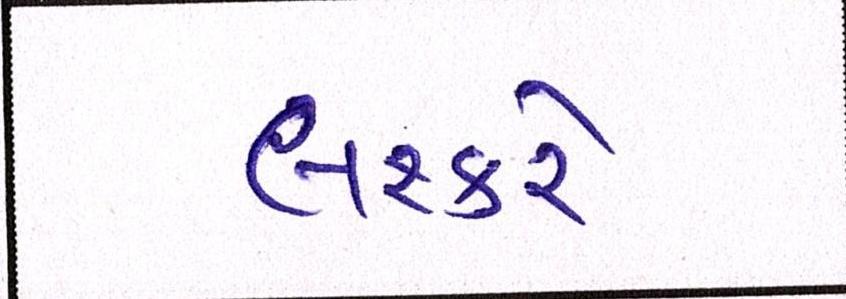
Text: લશ્કરે